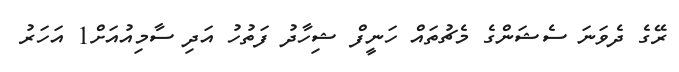
ރޭގެ ދެވަނަ ސެޝަންގެ މެޗުތައް ހަނީފް ޝިހާދު ފަތުހު އަދި ސާމިއުއަށް1 އަހަރު